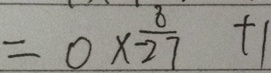
= 0 \times \frac { 8 } { - 2 7 } + 1